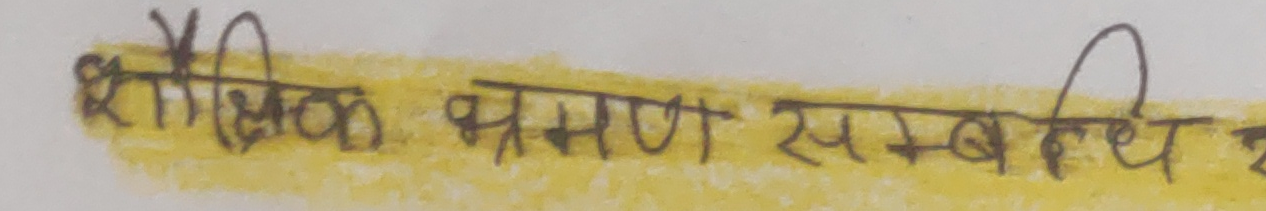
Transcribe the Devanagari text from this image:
शैक्षिक भ्रमण सम्बन्ध